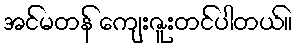
အင်မတန် ကျေးဇူးတင်ပါတယ်။